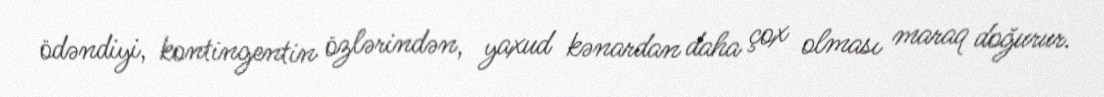
ödəndiyi, kontingentin özlərindən, yaxud kənardan daha çox olması maraq doğurur.